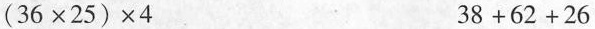
$$(3 6\times2 5)\times4$$ $$3 8+6 2+2 6$$